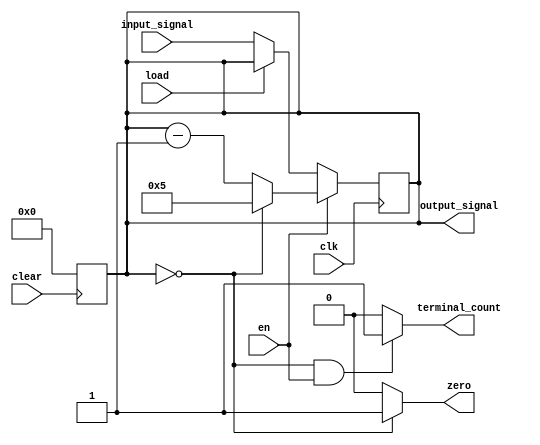
// it counts tens of seconds;
module counter_4bit_mod6(output_signal, terminal_count, zero, load, clk, clear, en, input_signal);

  // variables declaration
  input wire load, clk, clear, en;
  input wire [3:0] input_signal;
  output wire terminal_count, zero;
  output wire [3:0] output_signal;
  reg [3:0] current_state;
  
  assign output_signal = current_state;
  assign zero = ((current_state == 0)) ? 1 : 0;
  assign terminal_count = ((current_state == 0) & en) ? 1 : 0;
  
  always @(posedge clk)
    begin: counter
      
      if (en)
        begin
          if (current_state == 4'b0000)
            begin
              current_state <= 4'd5;
            end
          
          else
            begin
              current_state <= current_state - 1;
            end
        end
      
      	else
          begin
            if (!load)
              begin
                current_state <= input_signal;
              end
          end
    end
  
  always @(negedge clear)
    begin
      if (!clear)
        begin
          current_state <= 4'b0000;
        end
    end
endmodule


// it counts units of seconds;
module counter_4bit_mod10(output_signal, terminal_count, zero, load, clk, clear, en, input_signal);

  // variables declaration
  input wire load, clk, clear, en;
  input wire [3:0] input_signal;
  output wire terminal_count, zero;
  output wire [3:0] output_signal;
  reg [3:0] current_state;
  
  // output signals for controls
  assign output_signal = current_state;
  assign zero = ((current_state == 0)) ? 1 : 0;
  assign terminal_count = ((current_state == 0) & en) ? 1 : 0;
  
  always @(posedge clk)
    begin: counter
      
      if (en)
        begin
          if (current_state == 4'b0000)
            begin
              current_state <= 4'd9;
            end
          
          else
            begin
              current_state <= current_state - 1;
            end
        end
      
      	else
          begin
            if (!load)
              begin
                current_state <= input_signal;
              end
          end
    end
  
  always @(negedge clear)
    begin
      if (!clear)
        begin
          current_state <= 4'b0000;
        end
    end
endmodule


module timer(input_signal, load, clk, clear, en, units_sec, tens_sec, minutes, zero);
  
  // variables declaration
  input wire load, clk, clear, en;
  input wire [3:0] input_signal;
  output wire [3:0] units_sec, tens_sec, minutes;
  output wire zero;
  wire en_units_sec, en_tens_sec, en_minutes;
  wire zero_units_sec, zero_tens_sec, zero_minute;
  
  // modules
  counter_4bit_mod10 units_second_component(.load(load), .clk(clk), .clear(clear), .en(en),
                                            .input_signal(input_signal), .output_signal(units_sec),
                                            .terminal_count(en_tens_sec), .zero(zero_units_sec));
  
  counter_4bit_mod6 tens_sec_component(.load(load), .clk(clk), .clear(clear), .en(en_tens_sec),
                                       .input_signal(units_sec), .output_signal(tens_sec),
                                       .terminal_count(en_minutes), .zero(zero_tens_sec));
  
  counter_4bit_mod10 minutes_component(.load(load), .clk(clk), .clear(clear), .en(en_minutes),
                                       .input_signal(tens_sec), .output_signal(minutes),
                                       .terminal_count(en_units_sec), .zero(zero_minute));
  
  and(zero, zero_units_sec, zero_tens_sec, zero_minute);
  assign zero = zero_units_sec & zero_tens_sec && zero_minute;

endmodule